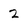
Character: 2